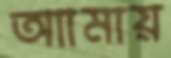
আামায়